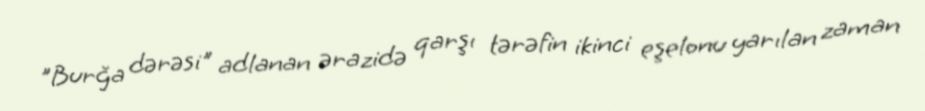
"Burğa dərəsi" adlanan ərazidə qarşı tərəfin ikinci eşelonu yarılan zaman